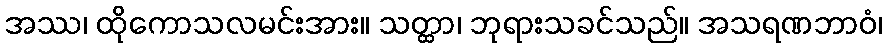
အဿ၊ ထိုကောသလမင်းအား။ သတ္ထာ၊ ဘုရားသခင်သည်။ အသရဏဘာဝံ၊